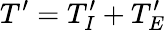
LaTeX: {T}^{\prime}={T}_{I}^{\prime}+{T}_{E}^{\prime}